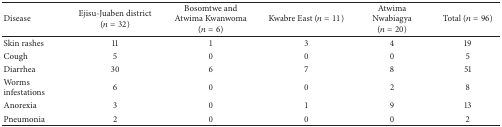
<table><thead><tr><td><b>Disease</b></td><td><b>Ejisu-Juaben district (<i>n</i> = 32)</b></td><td><b>Bosomtwe and Atwima Kwanwoma (<i>n</i> = 6)</b></td><td><b>Kwabre East (<i>n</i> = 11)</b></td><td><b>Atwima Nwabiagya (<i>n</i> = 20)</b></td><td><b>Total (<i>n</i> = 96)</b></td></tr></thead><tbody><tr><td>Skin rashes</td><td>11</td><td>1</td><td>3</td><td>4</td><td>19</td></tr><tr><td>Cough </td><td>5</td><td>0</td><td>0</td><td>0</td><td>5</td></tr><tr><td>Diarrhea</td><td>30</td><td>6</td><td>7</td><td>8</td><td>51</td></tr><tr><td>Worms infestations</td><td>6</td><td>0</td><td>0</td><td>2</td><td>8</td></tr><tr><td>Anorexia</td><td>3</td><td>0</td><td>1</td><td>9</td><td>13</td></tr><tr><td>Pneumonia</td><td>2</td><td>0</td><td>0</td><td>0</td><td>2</td></tr></tbody></table>